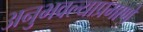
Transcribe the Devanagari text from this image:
अनुभवल्याप्रमाणे